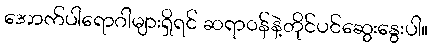
အောက်ပါရောဂါများရှိရင် ဆရာဝန်နဲ့တိုင်ပင်ဆွေးနွေးပါ။